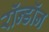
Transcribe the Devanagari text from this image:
रॉन्डॉन